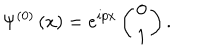
LaTeX: \Psi ^ { \left( 0 \right) } \left( x \right) = e ^ { i p x } \left( \begin{array} { c } { { 0 } } \\ { { 1 } } \\ \end{array} \right) .